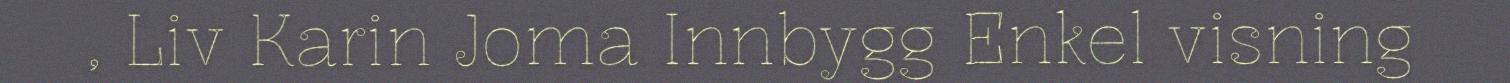
, Liv Karin Joma Innbygg Enkel visning